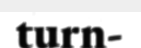
turn-